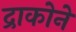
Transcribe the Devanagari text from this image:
द्राकोने